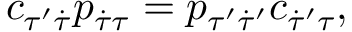
c _ { \tau ^ { \prime } \dot { \tau } } p _ { \dot { \tau } \tau } = p _ { \tau ^ { \prime } \dot { \tau } ^ { \prime } } c _ { \dot { \tau } ^ { \prime } \tau } ,